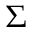
\Sigma